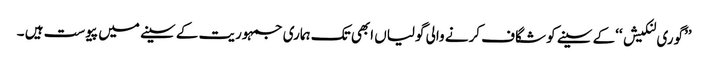
’’گوری لنکیش ‘‘کے سینے کو شگاف کرنے والی گولیاں ابھی تک ہماری جمہوریت کے سینے میں پیوست ہیں ۔